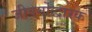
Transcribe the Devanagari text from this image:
जीवनोद्धारक